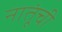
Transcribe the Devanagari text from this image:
नातूंची